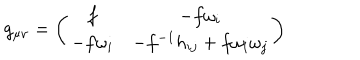
g _ { \mu \nu } = \left( \begin{matrix} { { f } } & { { - f \omega _ { i } } } \\ { { - f \omega _ { i } } } & { { - f ^ { - 1 } h _ { i j } + f \omega _ { i } \omega _ { j } } } \\ \end{matrix} \right)